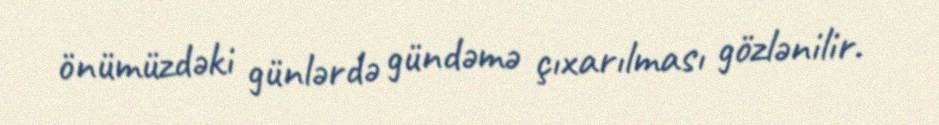
önümüzdəki günlərdə gündəmə çıxarılması gözlənilir.